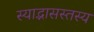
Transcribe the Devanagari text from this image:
स्याद्भासस्तस्य